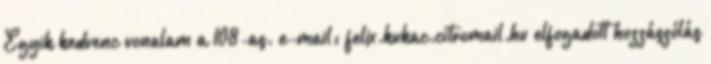
Egyik kedvenc vonalam a 108-as. e-mail: felix.kukac.citromail.hu elfogadott hozzászólás